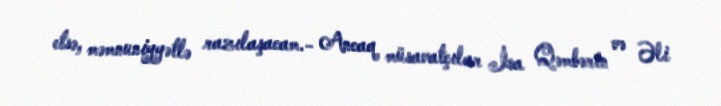
etsə, məmnuniyyətlə razılaşacam.- Ancaq müsavatçılar İsa Qəmbərin və Əli